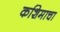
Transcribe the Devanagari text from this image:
कशिमाचा